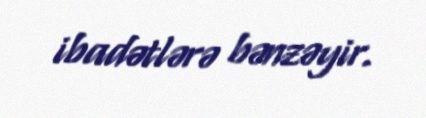
ibadətlərə bənzəyir.